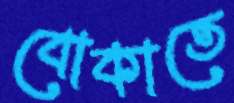
বোকাতে